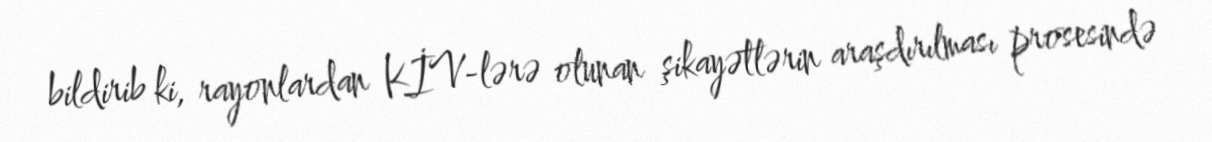
bildirib ki, rayonlardan KİV-lərə olunan şikayətlərin araşdırılması prosesində